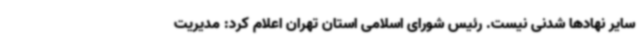
سایر نهادها شدنی نیست. رئیس شورای اسلامی استان تهران اعلام کرد: مدیریت